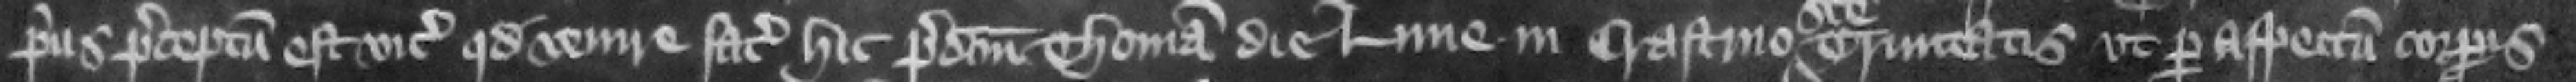
prius preceptum est vicecomiti quod venire faciat hic predictum Thomam die Lune in crastino Sancte Trinitatis vt per aspectum corporis